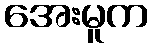
အေးမူက